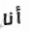
أنا